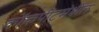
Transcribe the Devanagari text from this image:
कॉकपीटमधील